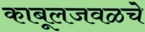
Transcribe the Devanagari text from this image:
काबूलजवळचे